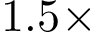
1 . 5 \times